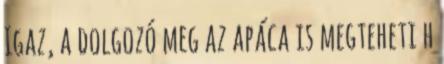
Igaz, a dolgozó meg az apáca is megteheti h